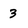
Character: 3